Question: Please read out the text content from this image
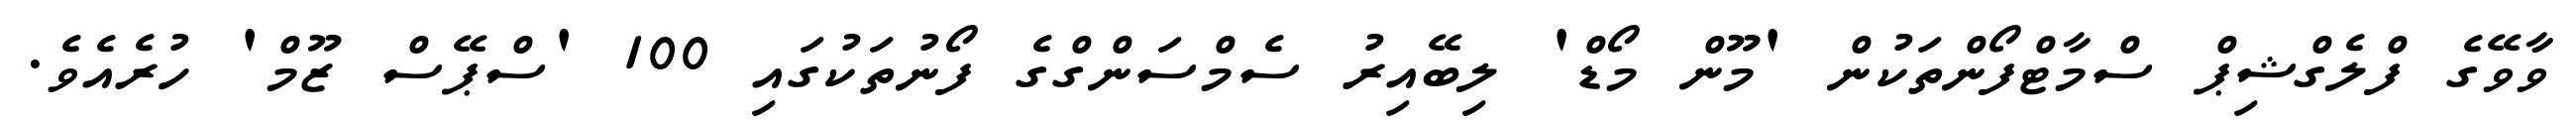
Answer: ވާވޭގެ ފްލެގްޝިޕް ސްމާޓްފޯންތަކުން 'މޫން މޯޑް' ލިބޭއިރު ސެމްސަންގްގެ ފޯނުތަކުގައި 100 'ސްޕޭސް ޒޫމް' ހުރެއެވެ.